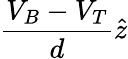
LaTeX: \frac{V_{B}-V_{T}}{d}\hat{z}